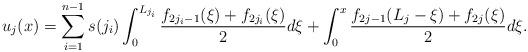
LaTeX: \begin{align*}u_j(x) = \sum_{i=1}^{n-1} s(j_i) \int_0^{L_{j_i}} \frac{f_{2j_i - 1}(\xi) + f_{2j_i}(\xi)}{2} d\xi + \int_0^x \frac{f_{2j - 1}(L_j - \xi) + f_{2j}(\xi)}{2} d\xi.\end{align*}